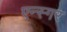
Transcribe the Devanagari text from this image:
एन्स्गर